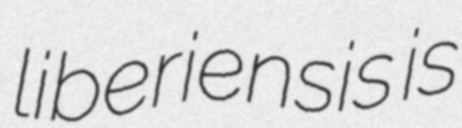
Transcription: liberiensis is